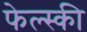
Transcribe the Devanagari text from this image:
फेल्स्की